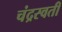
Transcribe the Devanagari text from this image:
चंद्रस्वती